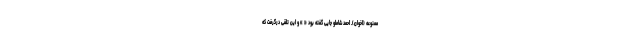
ممنوعه (اخوان). احمد شاملو جایی گفته بود « » و این تلقی درگرفت که